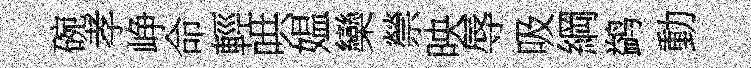
碗孝峥命輕哄媪欒禜映辱吸綱鹢動